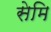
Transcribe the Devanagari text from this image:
सेमि